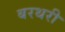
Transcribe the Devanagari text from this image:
बरथरी